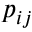
p _ { i j }